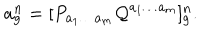
a _ { g } ^ { n } = [ P _ { a _ { 1 } \ldots a _ { m } } { \cal Q } ^ { a _ { 1 } \ldots a _ { m } } ] _ { g } ^ { n } .